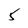
Character: 5